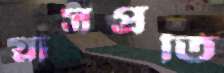
গ্লাসপ্রতি